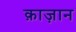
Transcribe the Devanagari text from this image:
क़ाज़ान